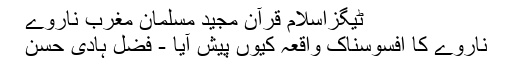
ٹیگزاسلام قرآن مجید مسلمان مغرب ناروے
ناروے کا افسوسناک واقعہ کیوں پیش آیا - فضل ہادی حسن